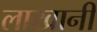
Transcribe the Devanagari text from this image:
लाखानी